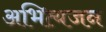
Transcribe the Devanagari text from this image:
अभित्यजन